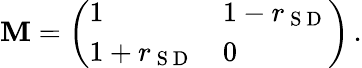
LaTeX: \mathbf{M}=\left(\begin{array}{ll}{1}&{1-r_{\mathrm{~S~D~}}}\\ {1+r_{\mathrm{~S~D~}}}&{0}\end{array}\right)\, .